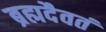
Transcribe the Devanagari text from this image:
ब्रह्मदैवतं